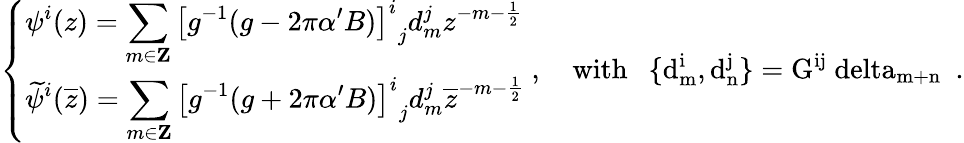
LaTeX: \left\{ \begin{array}{l}{{\displaystyle\psi^{i}(z)=\sum_{m\in{\mathbf Z}}{\left[g^{-1}(g-2\pi\alpha^{\prime}B)\right]^{i}}_{j}d_{m}^{j}z^{-m-\frac{1}{2}}}}\\ {{\displaystyle\widetilde{\psi}^{i}(\overline{{{z}}})=\sum_{m\in{\mathbf Z}}{\left[g^{-1}(g+2\pi\alpha^{\prime}B)\right]^{i}}_{j}d_{m}^{j}\overline{{{z}}}^{-m-\frac{1}{2}}}}\end{array}\right.~,\quad\mathrm{with~\ ~\{ d_{m}^{i},d_{n}^{j}\} =G^{ij}\ delta_{m+n}~}~.